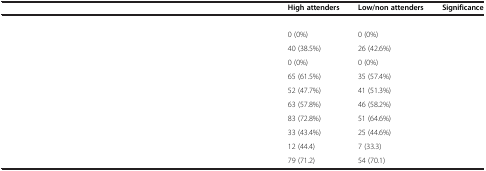
<table><thead><tr><td>[EMPTY_CELL]</td><td><b>High attenders</b></td><td><b>Low/non attenders</b></td><td><b>Significance</b></td></tr></thead><tbody><tr><td>[EMPTY_CELL]</td><td>[EMPTY_CELL]</td><td>[EMPTY_CELL]</td><td>[EMPTY_CELL]</td></tr><tr><td>[EMPTY_CELL]</td><td>0 (0%)</td><td>0 (0%)</td><td rowspan="4">[EMPTY_CELL]</td></tr><tr><td>[EMPTY_CELL]</td><td>40 (38.5%)</td><td>26 (42.6%)</td></tr><tr><td>[EMPTY_CELL]</td><td>0 (0%)</td><td>0 (0%)</td></tr><tr><td>[EMPTY_CELL]</td><td>65 (61.5%)</td><td>35 (57.4%)</td></tr><tr><td>[EMPTY_CELL]</td><td>52 (47.7%)</td><td>41 (51.3%)</td><td>[EMPTY_CELL]</td></tr><tr><td>[EMPTY_CELL]</td><td>63 (57.8%)</td><td>46 (58.2%)</td><td>[EMPTY_CELL]</td></tr><tr><td>[EMPTY_CELL]</td><td>83 (72.8%)</td><td>51 (64.6%)</td><td>[EMPTY_CELL]</td></tr><tr><td>[EMPTY_CELL]</td><td>33 (43.4%)</td><td>25 (44.6%)</td><td>[EMPTY_CELL]</td></tr><tr><td>[EMPTY_CELL]</td><td>12 (44.4)</td><td>7 (33.3)</td><td>[EMPTY_CELL]</td></tr><tr><td>[EMPTY_CELL]</td><td>79 (71.2)</td><td>54 (70.1)</td><td>[EMPTY_CELL]</td></tr></tbody></table>